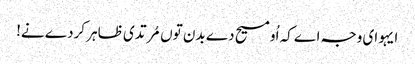
ایہو ای وجہ اے کہ اُو مسیح دے بدن توں مُرتدی ظاہر کردے نے!